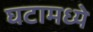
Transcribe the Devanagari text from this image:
घटामध्ये